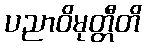
ပညာဝိမုတ္တီတိ